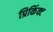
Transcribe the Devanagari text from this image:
प्रिकिंक्ट